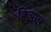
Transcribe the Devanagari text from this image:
क्रियाच